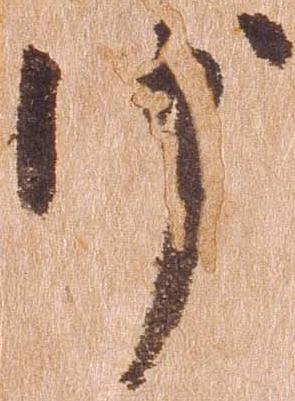
沙